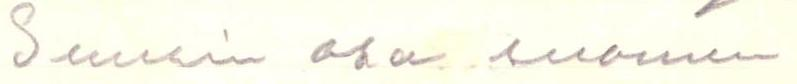
Suurin osa suomen